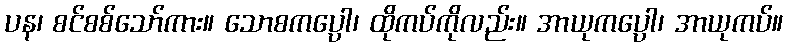
ပန၊ စင်စစ်သော်ကား။ သောစကပ္ပေါ၊ ထိုကပ်ကိုလည်း။ အာယုကပ္ပော၊ အာယုကပ်။